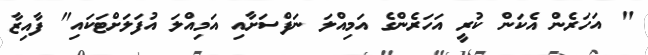
" އަހަރެން އެކަން ކުރީ އަހަރެންގެ އަމިއްލަ ނަފްސަށާއި އަމިއްލަ އުފަލަށްޓަކައި" ފާއިޒާ